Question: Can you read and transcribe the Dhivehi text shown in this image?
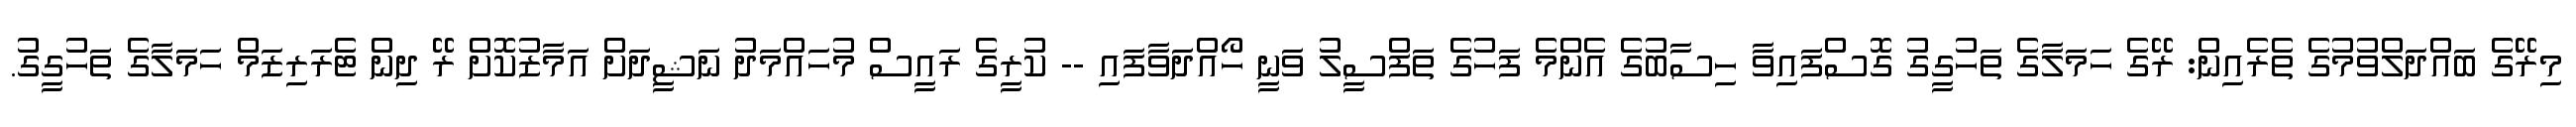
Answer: މިރޭގެ ބައްދަލްވުމުގެ ތެރެއިން: ރޭގެ ހަމަލާގެ ތަހުގީގު ގޮސްފައިވާ ހިސާބުގެ އެންމެ ފަހުގެ ތަފްސީލު ވަނީ ހޯއްދަވާފައި -- ކުރީގެ ރައީސް މުހައްމަދު ނަޝީދަށް އަމާޒުކޮށް ރޭ ދިން ޓެރަރިޒަމް ހަމަލާގެ ތަހުގީގު.